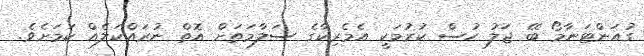
ގުއަންޓަނާމޯ ބޭ ޖަލު ހުސް ކުރުމަކީ އެމެރިކާގެ ސަލާމަތަށް އޮތް ނުރައްކަލެއް ކަމަށެވެ.